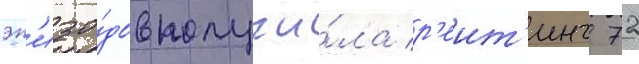
эп'изо́дов получи́ла р'еит'инг 72